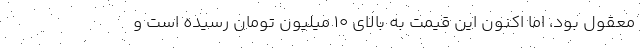
معقول بود، اما اکنون این قیمت به بالای ۱۰ میلیون تومان رسیده است و